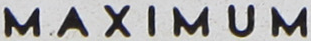
MAXIMUM